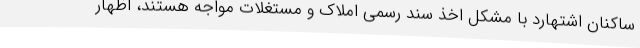
ساکنان اشتهارد با مشکل اخذ سند رسمی املاک و مستغلات مواجه هستند، اظهار